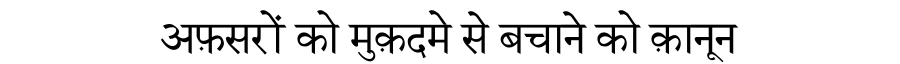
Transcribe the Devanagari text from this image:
अफ़सरों को मुक़दमे से बचाने को क़ानून